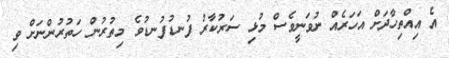
އެ އިއްތިހާދަށް އަހަރެއް ނުވަނީވެސް މުޅި ސަރުކާރު ފުނޑުފުނޑުވެ މިތުރުން ހަތުރުންނަށް ވި